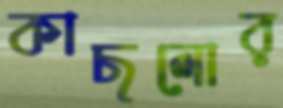
কাছলোর